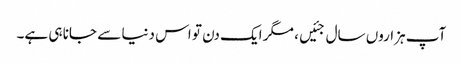
آپ ہزاروں سال جئیں، مگر ایک دن تو اس دنیا سے جانا ہی ہے۔